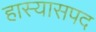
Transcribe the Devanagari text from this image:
हास्यासपद